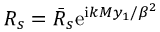
R _ { s } = \bar { R } _ { s } \mathrm { e } ^ { \mathrm { i } k M y _ { 1 } / \beta ^ { 2 } }